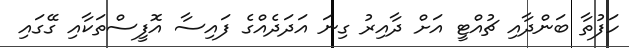
ހަފުތާ ބަންދާއި ޗުއްޓީ އަށް ދާއިރު ގިނަ އަދަދެއްގެ ފައިސާ އޮފީސްތަކާއި ގޭގައި